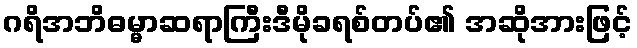
ဂရိအဘိဓမ္မာဆရာကြီးဒီမိုခရစ်တပ်၏ အဆိုအားဖြင့်